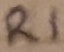
Text: R1